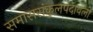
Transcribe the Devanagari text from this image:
समाससंकुलपदावली